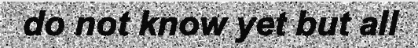
do not know yet but all